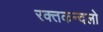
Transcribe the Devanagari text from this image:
रक्तकन्दलो